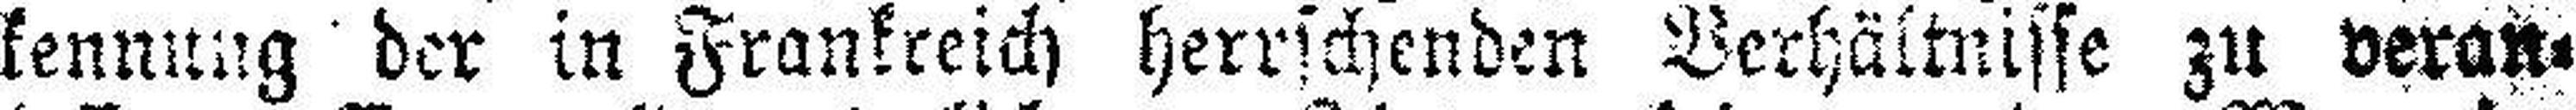
kennung der in Frankreich herrschenden Verhältnisse zu veran¬